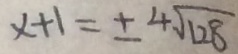
x + 1 = \pm 4 \sqrt { 1 2 8 }